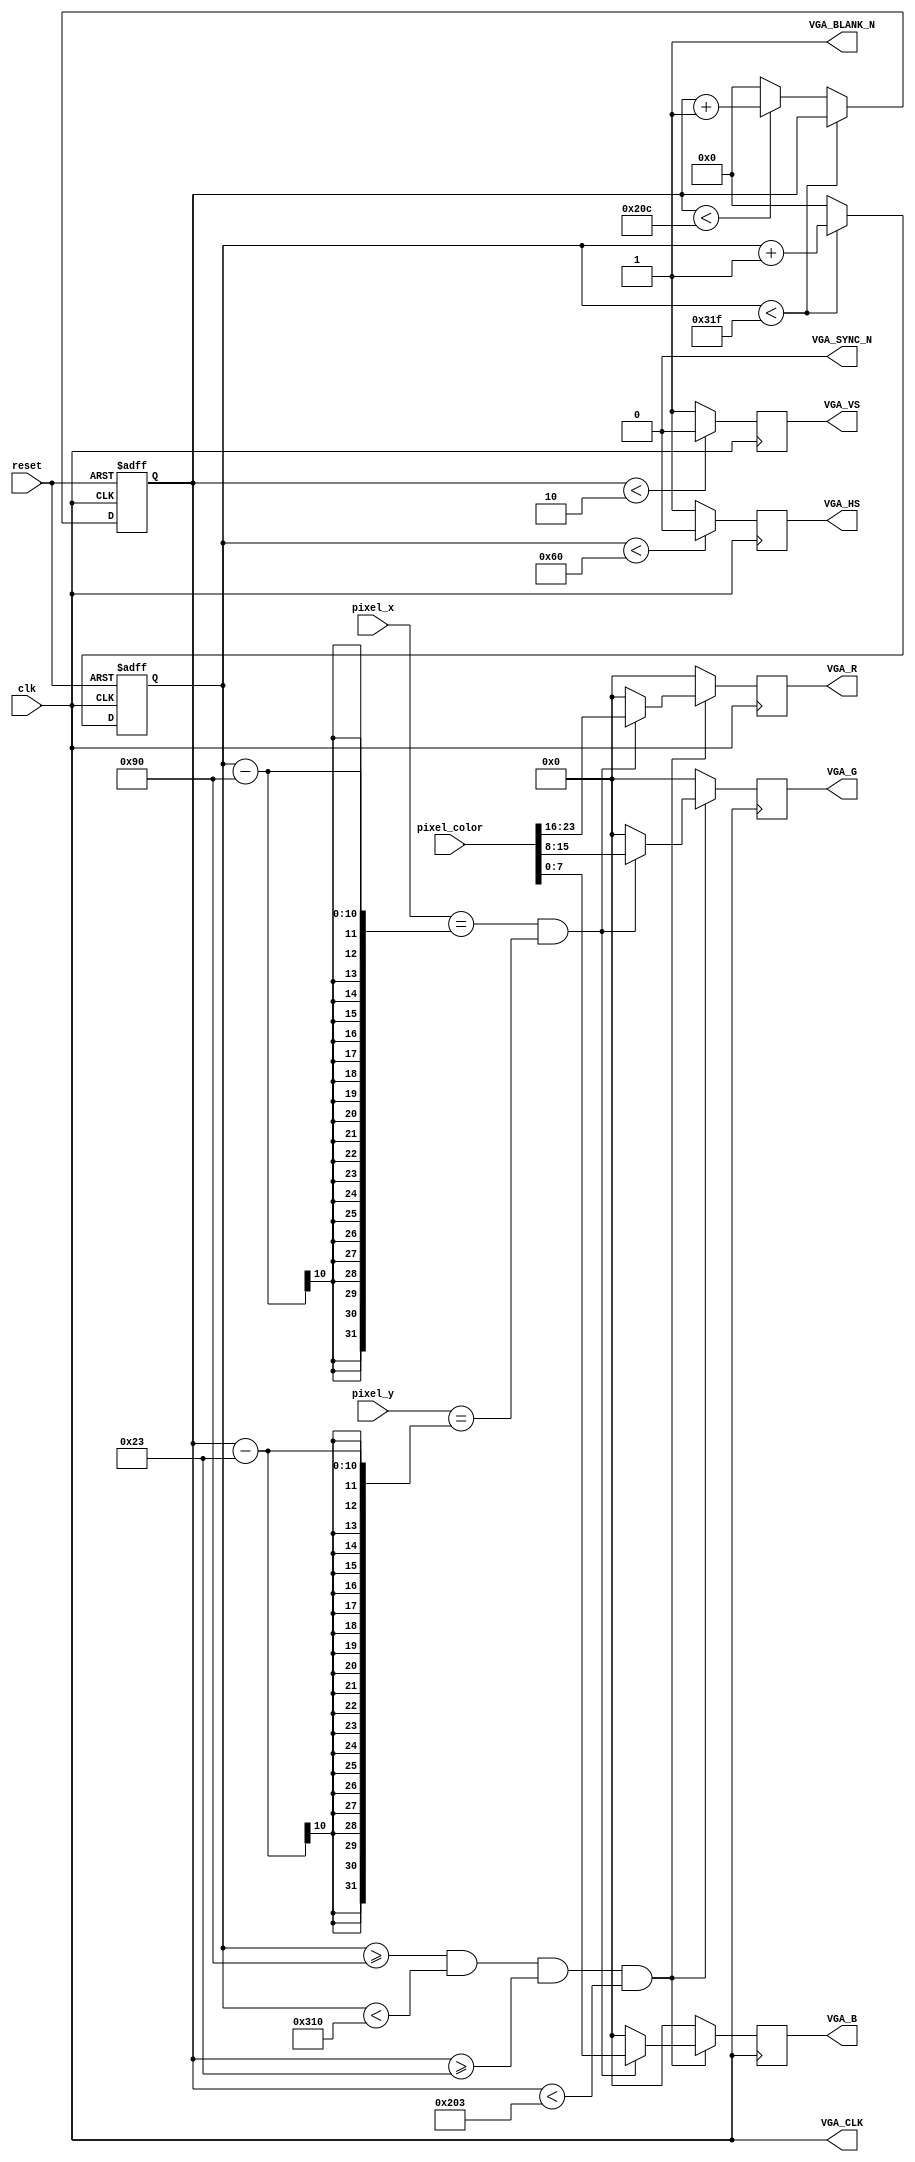
module VGA_Controller(
    input clk,                    // Clock signal
    input reset,                  // Reset signal
    input [9:0] pixel_x,          // X-coordinate of the pixel
    input [8:0] pixel_y,          // Y-coordinate of the pixel
    input [23:0] pixel_color,     // 24-bit pixel color (RGB)
    output reg [7:0] VGA_R,       // VGA Red channel
    output reg [7:0] VGA_G,       // VGA Green channel
    output reg [7:0] VGA_B,       // VGA Blue channel
    output reg VGA_HS,            // Horizontal sync
    output reg VGA_VS,            // Vertical sync
    output VGA_BLANK_N,           // VGA blank signal
    output VGA_SYNC_N,            // VGA sync signal
    output VGA_CLK                // VGA clock signal
);

// VGA screen and timing constants
parameter H_RES = 640;           // Horizontal resolution
parameter V_RES = 480;           // Vertical resolution
parameter H_FP = 16;             // Horizontal front porch
parameter H_PW = 96;             // Horizontal pulse width
parameter H_BP = 48;             // Horizontal back porch
parameter V_FP = 10;             // Vertical front porch
parameter V_PW = 2;              // Vertical pulse width
parameter V_BP = 33;             // Vertical back porch
parameter H_TOTAL = H_RES + H_FP + H_PW + H_BP; // Total horizontal pixels
parameter V_TOTAL = V_RES + V_FP + V_PW + V_BP; // Total vertical lines

reg [9:0] h_counter = 0;         // Horizontal counter
reg [9:0] v_counter = 0;         // Vertical counter

assign VGA_BLANK_N = 1'b1;
assign VGA_SYNC_N = 1'b0;
assign VGA_CLK = clk;

always @(posedge clk or posedge reset) begin
    if (reset) begin
        h_counter <= 0;
        v_counter <= 0;
    end else begin
        // Horizontal counter logic
        if (h_counter < H_TOTAL - 1)
            h_counter <= h_counter + 1;
        else begin
            h_counter <= 0;
            // Vertical counter logic
            if (v_counter < V_TOTAL - 1)
                v_counter <= v_counter + 1;
            else
                v_counter <= 0;
        end
    end
end

always @(posedge clk) begin
    // Generate sync signals
    VGA_HS <= (h_counter < H_PW) ? 0 : 1;
    VGA_VS <= (v_counter < V_PW) ? 0 : 1;

    // Enable display within active region
    if (h_counter >= H_PW + H_BP && h_counter < H_PW + H_BP + H_RES &&
        v_counter >= V_PW + V_BP && v_counter < V_PW + V_BP + V_RES) begin
        // Set pixel color
        VGA_R <= (pixel_x == h_counter - (H_PW + H_BP) && pixel_y == v_counter - (V_PW + V_BP)) ? pixel_color[23:16] : 0;
        VGA_G <= (pixel_x == h_counter - (H_PW + H_BP) && pixel_y == v_counter - (V_PW + V_BP)) ? pixel_color[15:8] : 0;
        VGA_B <= (pixel_x == h_counter - (H_PW + H_BP) && pixel_y == v_counter - (V_PW + V_BP)) ? pixel_color[7:0] : 0;
    end else begin
        VGA_R <= 0;
        VGA_G <= 0;
        VGA_B <= 0;
    end
end

endmodule